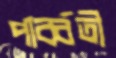
পার্ব্বতী